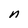
Character: n